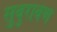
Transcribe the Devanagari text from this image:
सुबुराबण